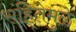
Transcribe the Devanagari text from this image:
संहितेमुळे